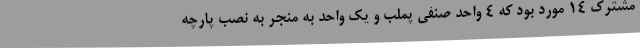
مشترک 14 مورد بود که 4 واحد صنفی پملب و یک واحد به منجر به نصب پارچه